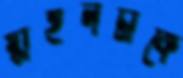
স্টাইলটাকে